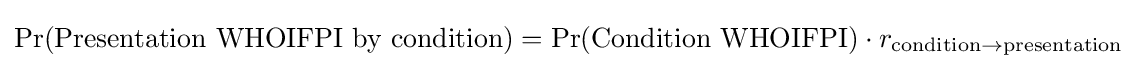
\Pr({\text{Presentation WHOIFPI by condition}})=\Pr({\text{Condition WHOIFPI}})\cdot r_{{\text{condition}}\rightarrow {\text{presentation}}}